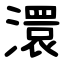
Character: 澴